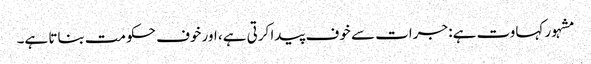
مشہور کہاوت ہے: جرات سے خوف پیدا کرتی ہے، اور خوف حکومت بناتا ہے۔